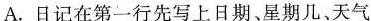
A.日记在第一行先写上日期、星期几、天气